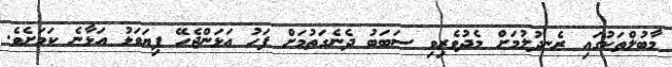
މާބުލްތަކުގައި ރެނދުލުމަށް މެދުވެރިވި ސަބަބު ދެނެގަތުމަށް ފަހު އަޅަންޖެހޭ ފިޔަވަޅު އަޅާނެ ކަމަށެވެ.